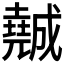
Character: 𡓖